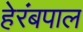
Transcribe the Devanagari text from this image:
हेरंबपाल